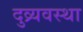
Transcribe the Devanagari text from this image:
दुव्र्यवस्था